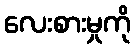
လေးစားမှုကို